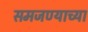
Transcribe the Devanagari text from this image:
समजण्याच्या